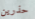
حذرين